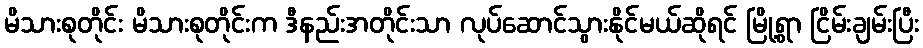
မိသားစုတိုင်း မိသားစုတိုင်းက ဒီနည်းအတိုင်းသာ လုပ်ဆောင်သွားနိုင်မယ်ဆိုရင် မြို့ရွာ ငြိမ်းချမ်းပြီး